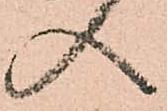
入